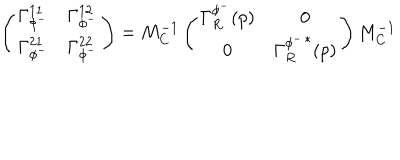
\left( \begin{matrix} { { \Gamma _ { \phi ^ { - } } ^ { 1 1 } } } & { { \Gamma _ { \phi ^ { - } } ^ { 1 2 } } } \\ { { \Gamma _ { \phi ^ { - } } ^ { 2 1 } } } & { { \Gamma _ { \phi ^ { - } } ^ { 2 2 } } } \\ \end{matrix} \right) = M _ { C } ^ { - 1 } \left( \begin{matrix} { { \Gamma _ { R } ^ { \phi ^ { - } } ( p ) } } & { { 0 } } \\ { { 0 } } & { { { \Gamma _ { R } ^ { \phi ^ { - } } } ^ { * } ( p ) } } \\ \end{matrix} \right) M _ { C } ^ { - 1 }